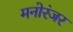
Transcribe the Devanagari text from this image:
मनोरंजर